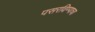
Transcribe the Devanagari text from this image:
पसरविण्याचा